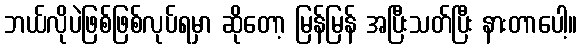
ဘယ်လိုပဲဖြစ်ဖြစ်လုပ်ရမှာ ဆိုတော့ မြန်မြန် အပြီးသတ်ပြီး နားတာပေါ့။